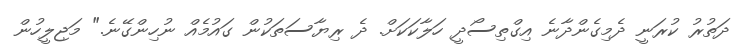
ދަތުރު ކުރަނީ ދެމިގެންދާނެ އިގްތިސޯދީ ހަލާކަކަށް. ދެ ރިޔާސަތަކުން ގައުމެއް ނުހިންގޭނެ." މަޖިލީހުން